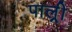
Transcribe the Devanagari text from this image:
पाल्र्री